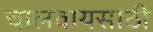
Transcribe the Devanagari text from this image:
चालवायसाठी